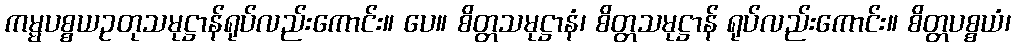
ကမ္မပစ္စယဥတုသမုဋ္ဌာန်ရုပ်လည်းကောင်း။ ပေ။ စိတ္တသမုဋ္ဌာနံ၊ စိတ္တသမုဋ္ဌာန် ရုပ်လည်းကောင်း။ စိတ္တပစ္စယံ၊